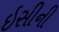
ઇસીની